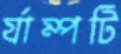
র‍্যাম্পটি